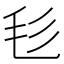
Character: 毝